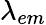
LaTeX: \lambda_{em}